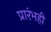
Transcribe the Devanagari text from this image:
प्रारंभही